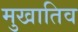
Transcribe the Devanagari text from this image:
मुखातिव